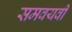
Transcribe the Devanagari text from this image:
समवयवी